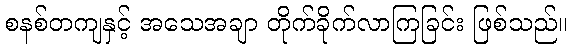
စနစ်တကျနှင့် အသေအချာ တိုက်ခိုက်လာကြခြင်း ဖြစ်သည်။